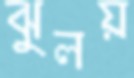
ঝুলয়